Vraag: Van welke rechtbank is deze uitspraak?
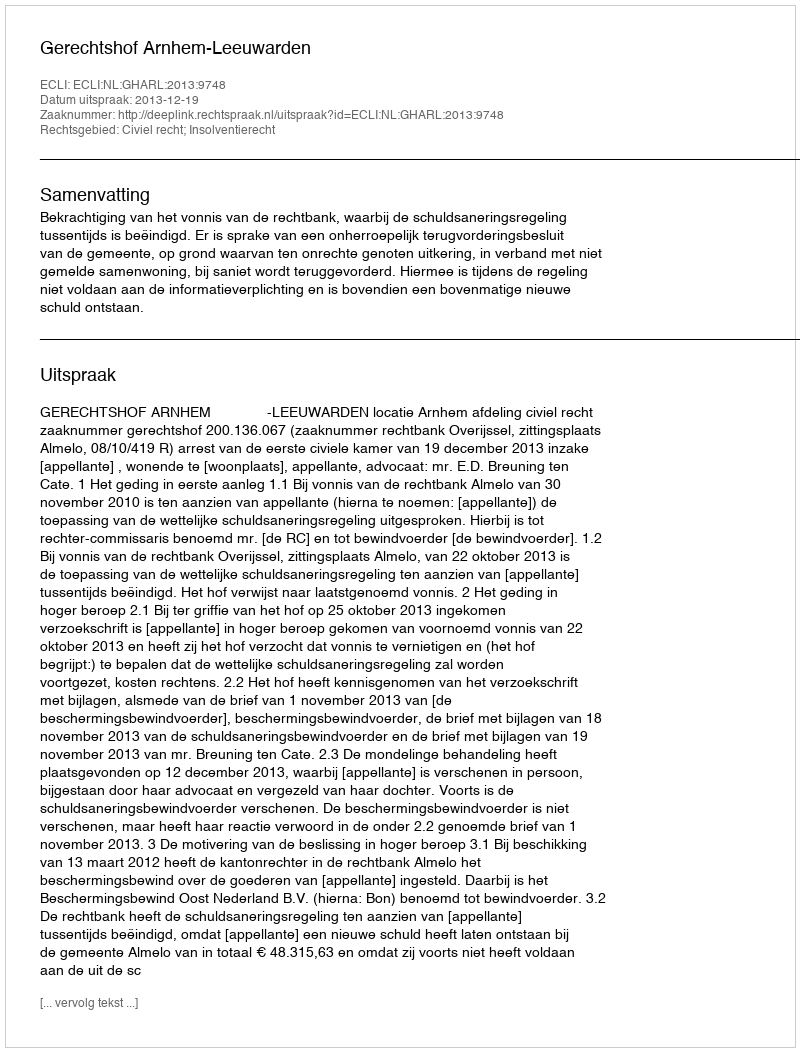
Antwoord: Gerechtshof Arnhem-Leeuwarden